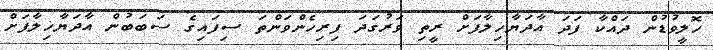
ހޮލީވުޑުން ދައްކާ ފަދަ އާދަޔާޚިލާފަށް ރީތި ވަރުގަދަ ފިރިހެންވަންތަ ސިފައިގެ ސަބަބުން އާދަޔާޚިލާފަށް